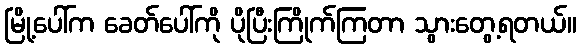
မြို့ပေါ်က ခေတ်ပေါ်ကို ပိုပြီးကြိုက်ကြတာ သွားတွေ့ရတယ်။